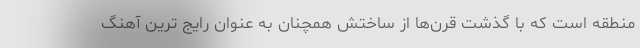
منطقه است که با گذشت قرن‌ها از ساختش همچنان به عنوان رایج ترین آهنگ